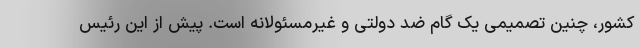
کشور، چنین تصمیمی یک گام ضد دولتی و غیرمسئولانه است. پیش از این رئیس